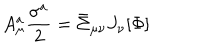
A _ { \mu } ^ { a } \frac { \sigma ^ { a } } { 2 } = \bar { \Sigma } _ { \mu \nu } J _ { \nu } [ \Phi ]